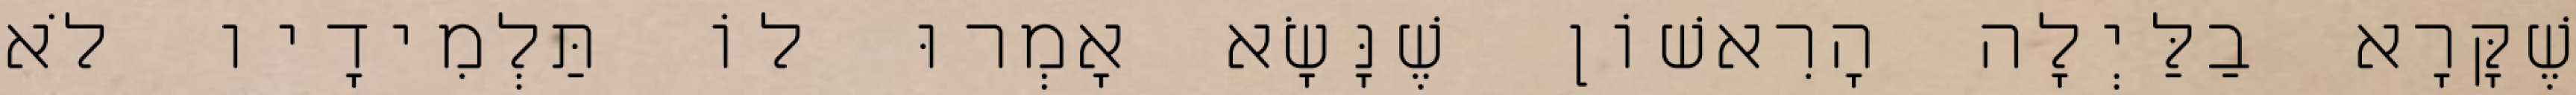
שֶׁקָּרָא בַלַּיְלָה הָרִאשׁוֹן שֶׁנָּשָׂא אָמְרוּ לוֹ תַּלְמִידָיו לֹא